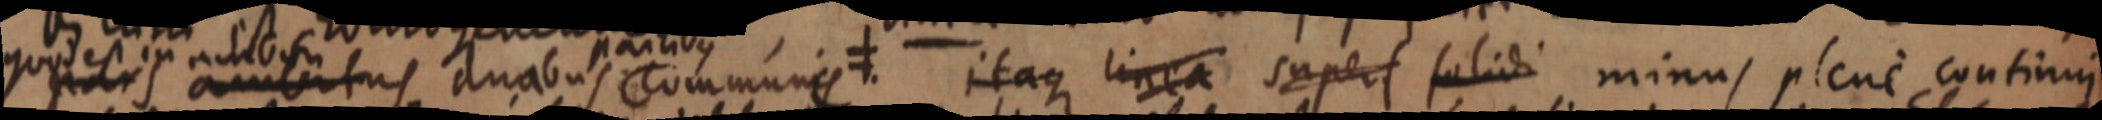
quisieis ambitus duabus communis itaque linea super solidi minus plene continui